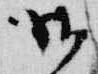
御